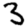
Digit: 3